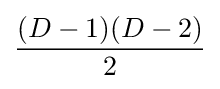
{(D-1)(D-2) \over {2}}